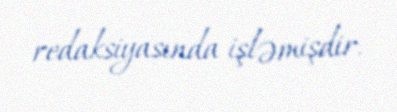
redaksiyasında işləmişdir.